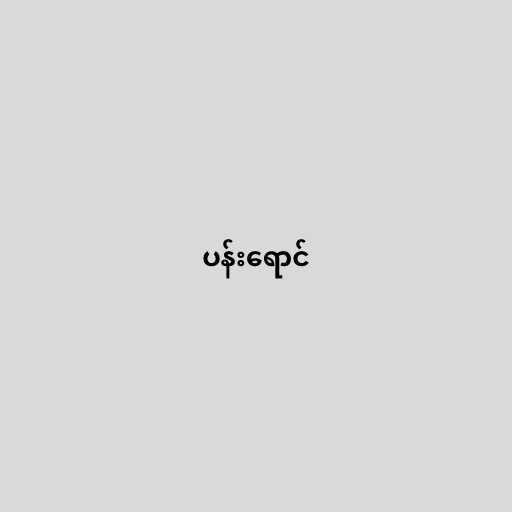
ပန်းရောင်